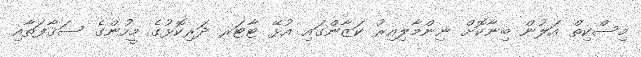
މިސްކިތް އަލުން ބިނާކޮށް ނިންމާލިއިރު ކަޒާންގައި އުޅޭ ޓާޓަރ ދަރިކޮޅުގެ މީހުންގެ ސަޤާފަތާއި